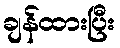
ချန်ထားပြီး